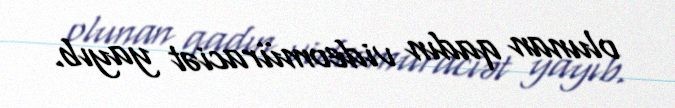
olunan qadın videomüraciət yayıb.